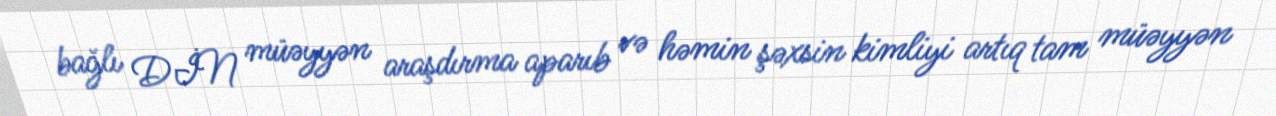
bağlı DİN müəyyən araşdırma aparıb və həmin şəxsin kimliyi artıq tam müəyyən